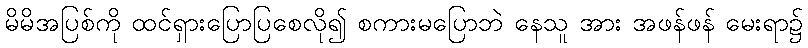
မိမိအပြစ်ကို ထင်ရှားပြောပြစေလို၍ စကားမပြောဘဲ နေသူ အား အဖန်ဖန် မေးရာ၌